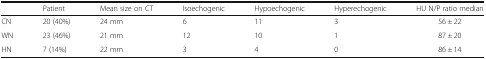
<table><thead><tr><td></td><td><b>Patient</b></td><td><b>Mean size on CT</b></td><td><b>Isoechogenic</b></td><td><b>Hypoechogenic</b></td><td><b>Hyperechogenic</b></td><td><b>HU N/P ratio median</b></td></tr></thead><tbody><tr><td>CN</td><td>20 (40%)</td><td>24 mm</td><td>6</td><td>11</td><td>3</td><td>56 ± 22</td></tr><tr><td>WN</td><td>23 (46%)</td><td>21 mm</td><td>12</td><td>10</td><td>1</td><td>87 ± 20</td></tr><tr><td>HN</td><td>7 (14%)</td><td>22 mm</td><td>3</td><td>4</td><td>0</td><td>86 ± 14</td></tr></tbody></table>